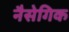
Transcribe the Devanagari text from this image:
नैसेगिक